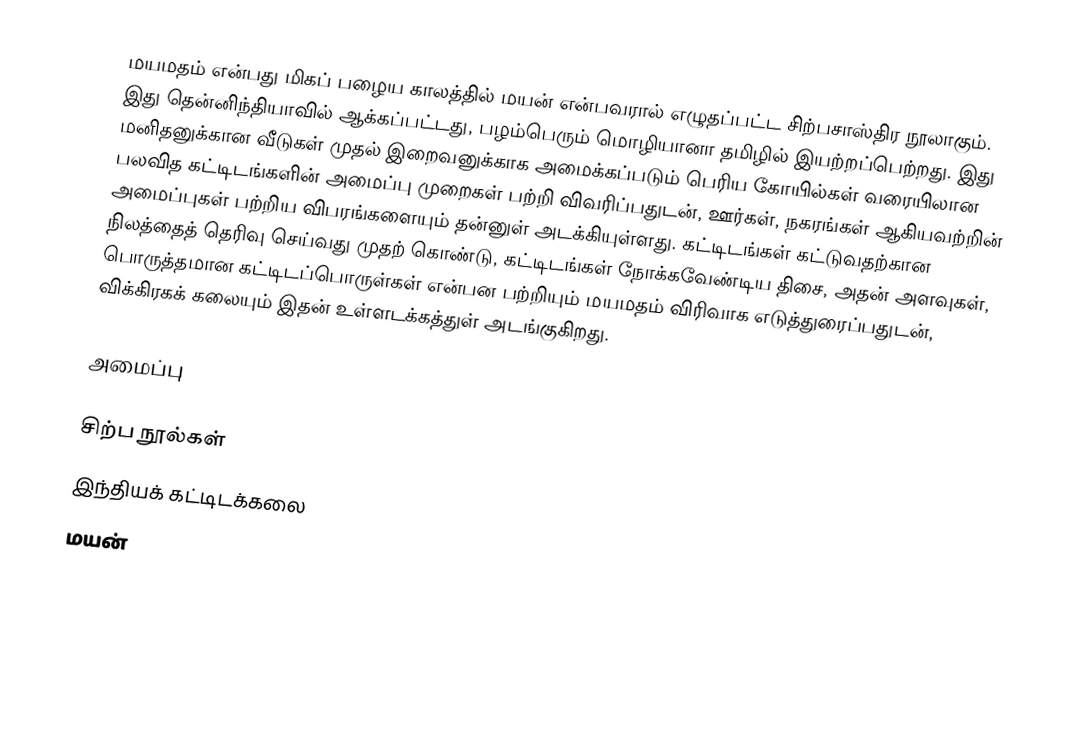
மயமதம் என்பது மிகப் பழைய காலத்தில் மயன் என்பவரால் எழுதப்பட்ட சிற்பசாஸ்திர நூலாகும். இது தென்னிந்தியாவில்  ஆக்கப்பட்டது, பழம்பெரும் மொழியானா தமிழில் இயற்றப்பெற்றது. இது மனிதனுக்கான வீடுகள் முதல் இறைவனுக்காக அமைக்கப்படும் பெரிய கோயில்கள் வரையிலான பலவித கட்டிடங்களின் அமைப்பு முறைகள் பற்றி விவரிப்பதுடன், ஊர்கள், நகரங்கள் ஆகியவற்றின் அமைப்புகள் பற்றிய விபரங்களையும் தன்னுள் அடக்கியுள்ளது. கட்டிடங்கள் கட்டுவதற்கான நிலத்தைத் தெரிவு செய்வது முதற் கொண்டு, கட்டிடங்கள் நோக்கவேண்டிய திசை, அதன் அளவுகள், பொருத்தமான கட்டிடப்பொருள்கள் என்பன பற்றியும் மயமதம் விரிவாக எடுத்துரைப்பதுடன், விக்கிரகக் கலையும் இதன் உள்ளடக்கத்துள் அடங்குகிறது.

அமைப்பு

சிற்ப நூல்கள்
இந்தியக் கட்டிடக்கலை
மயன்